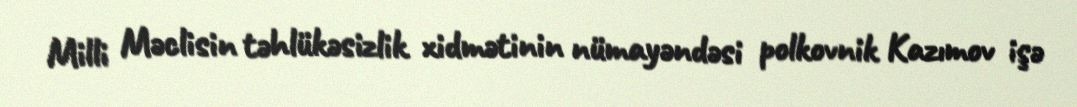
Milli Məclisin təhlükəsizlik xidmətinin nümayəndəsi polkovnik Kazımov işə